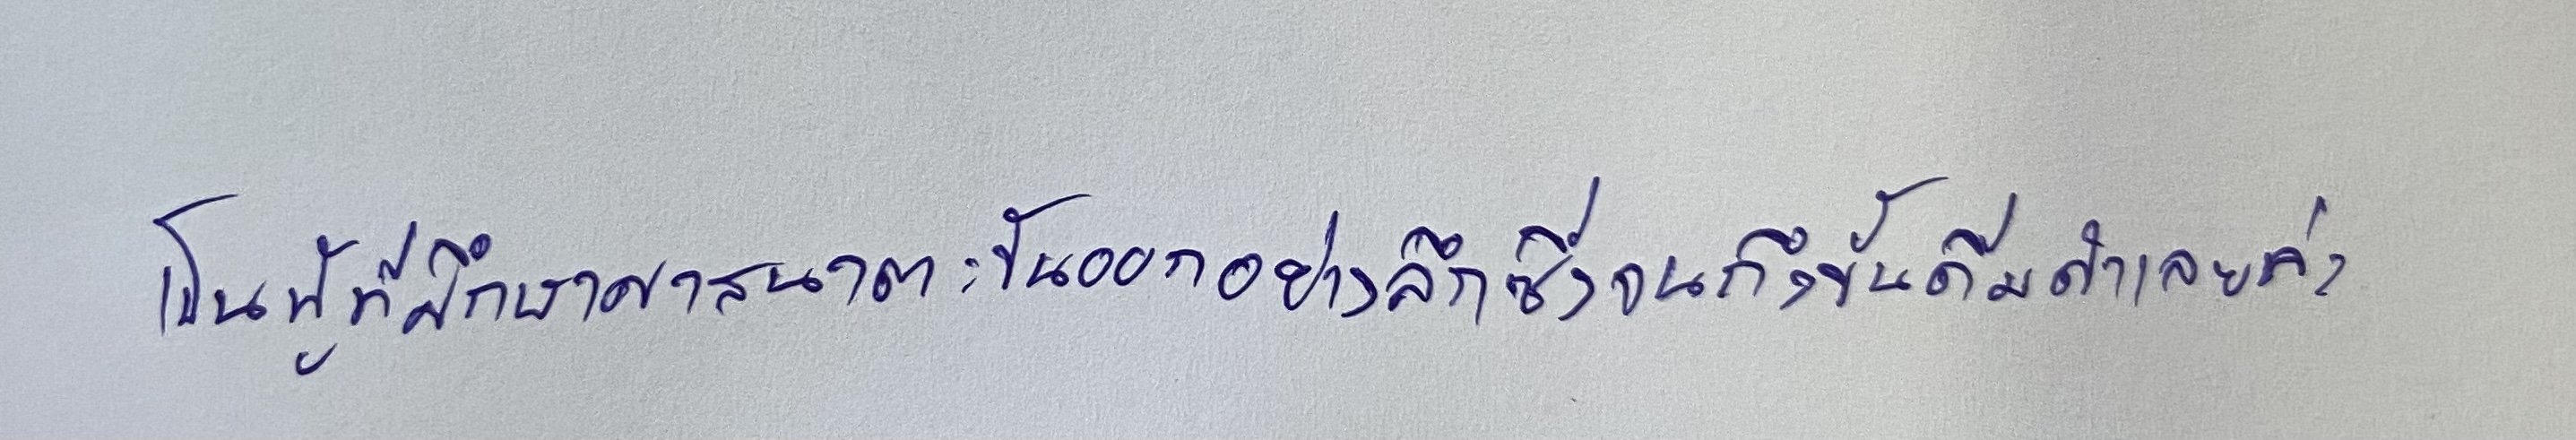
เป็นผู้ที่ศึกษาศาสนาตะวันออกอย่างลึกซึ้งจนถึงขั้นดื่มด่ำเลยล่ะ